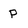
Character: P